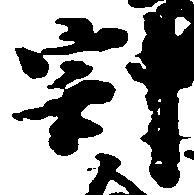
割